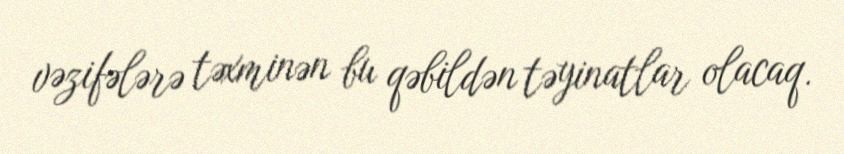
vəzifələrə təxminən bu qəbildən təyinatlar olacaq.